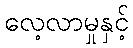
လေ့လာမှုနှင့်